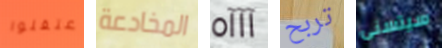
اعتقلوا المخادعة آآآه تربح سيتسنى